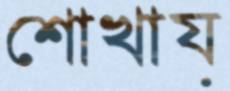
শোখায়